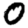
Digit: 0